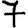
Digit: 7